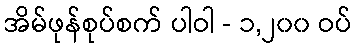
အိမ်ဖုန်စုပ်စက် ပါဝါ - ၁,၂၀၀ ဝပ်